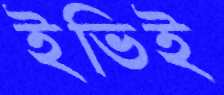
ইভিই